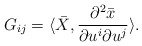
\begin{align*}G_{ij}=\langle \bar{X},\frac{\partial^{2}\bar{x}}{\partial u^{i}\partial u^{j}}\rangle. \end{align*}